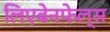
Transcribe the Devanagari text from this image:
लिएबेनफेल्स